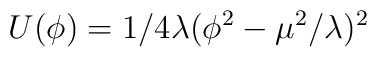
U(\phi )=1/4\lambda (\phi ^{2}-\mu ^{2}/\lambda )^{2}